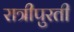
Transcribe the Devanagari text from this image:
रात्रीपुरती